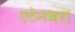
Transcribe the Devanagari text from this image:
एटेनबरा